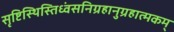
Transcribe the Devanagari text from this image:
सृष्टिस्थिस्तिध्वंसनिग्रहानुग्रहात्मकम्